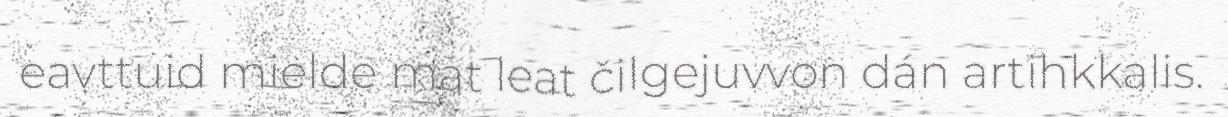
eavttuid mielde mat leat čilgejuvvon dán artihkkalis.